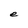
Character: e